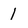
Character: 1